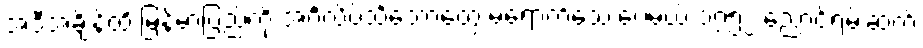
အဲဒီအချိန်ထိ မြန်မာပြည်ကို အင်္ဂလိပ်သင်္ဘောတွေ မရောက်သေးပေမယ့် ၁၇၅၂ ညောင်ရမ်းဆက်